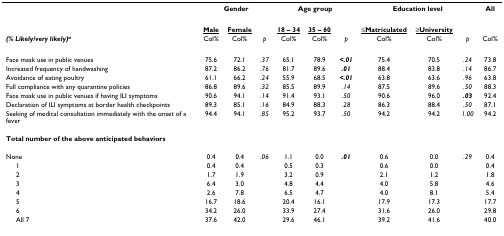
<table><thead><tr><td></td><td colspan="3"><b>Gender</b></td><td colspan="3"><b>Age group</b></td><td colspan="3"><b>Education level</b></td><td><b>All</b></td></tr><tr><td></td><td><b><underline>Male</underline></b></td><td><b><underline>Female</underline></b></td><td></td><td><b><underline>18 – 34</underline></b></td><td><b><underline>35 – 60</underline></b></td><td></td><td><b><underline>≤Matriculated</underline></b></td><td><b><underline>≥University</underline></b></td><td></td><td></td></tr><tr><td><b><i>(% Likely/very likely)<sup>a</sup></i></b></td><td><b>Col%</b></td><td><b>Col%</b></td><td><b><i>p</i></b></td><td><b>Col%</b></td><td><b>Col%</b></td><td><b><i>p</i></b></td><td><b>Col%</b></td><td><b>Col%</b></td><td><b><i>p</i></b></td><td><b>Col%</b></td></tr></thead><tbody><tr><td>Face mask use in public venues</td><td>75.6</td><td>72.1</td><td><i>.37</i></td><td>65.1</td><td>78.9</td><td><b><i>&lt;.01</i></b></td><td>75.4</td><td>70.5</td><td><i>.24</i></td><td>73.8</td></tr><tr><td>Increased frequency of handwashing</td><td>87.2</td><td>86.2</td><td><i>.76</i></td><td>81.7</td><td>89.6</td><td><b><i>.01</i></b></td><td>88.4</td><td>83.8</td><td><i>.14</i></td><td>86.7</td></tr><tr><td>Avoidance of eating poultry</td><td>61.1</td><td>66.2</td><td><i>.24</i></td><td>55.9</td><td>68.5</td><td><b><i>&lt;.01</i></b></td><td>63.8</td><td>63.6</td><td><i>.96</i></td><td>63.8</td></tr><tr><td>Full compliance with any quarantine policies</td><td>86.8</td><td>89.6</td><td><i>.32</i></td><td>85.5</td><td>89.9</td><td><i>.14</i></td><td>87.5</td><td>89.6</td><td><i>.50</i></td><td>88.3</td></tr><tr><td>Face mask use in public venues if having ILI symptoms</td><td>90.6</td><td>94.1</td><td><i>.14</i></td><td>91.4</td><td>93.1</td><td><i>.50</i></td><td>90.6</td><td>96.0</td><td><b><i>.03</i></b></td><td>92.4</td></tr><tr><td>Declaration of ILI symptoms at border health checkpoints</td><td>89.3</td><td>85.1</td><td><i>.16</i></td><td>84.9</td><td>88.3</td><td><i>.28</i></td><td>86.3</td><td>88.4</td><td><i>.50</i></td><td>87.1</td></tr><tr><td>Seeking of medical consultation immediately with the onset of a fever</td><td>94.4</td><td>94.1</td><td><i>.85</i></td><td>95.2</td><td>93.7</td><td><i>.50</i></td><td>94.2</td><td>94.2</td><td><i>1.00</i></td><td>94.2</td></tr><tr><td><b>Total number of the above anticipated behaviors</b></td><td></td><td></td><td></td><td></td><td></td><td></td><td></td><td></td><td></td><td></td></tr><tr><td>None</td><td>0.4</td><td>0.4</td><td><i>.06</i></td><td>1.1</td><td>0.0</td><td><b><i>.01</i></b></td><td>0.6</td><td>0.0</td><td><i>.29</i></td><td>0.4</td></tr><tr><td> 1</td><td>0.4</td><td>0.4</td><td></td><td>0.5</td><td>0.3</td><td></td><td>0.6</td><td>0.0</td><td></td><td>0.4</td></tr><tr><td> 2</td><td>1.7</td><td>1.9</td><td></td><td>3.2</td><td>0.9</td><td></td><td>2.1</td><td>1.2</td><td></td><td>1.8</td></tr><tr><td> 3</td><td>6.4</td><td>3.0</td><td></td><td>4.8</td><td>4.4</td><td></td><td>4.0</td><td>5.8</td><td></td><td>4.6</td></tr><tr><td> 4</td><td>2.6</td><td>7.8</td><td></td><td>6.5</td><td>4.7</td><td></td><td>4.0</td><td>8.1</td><td></td><td>5.4</td></tr><tr><td> 5</td><td>16.7</td><td>18.6</td><td></td><td>20.4</td><td>16.1</td><td></td><td>17.9</td><td>17.3</td><td></td><td>17.7</td></tr><tr><td> 6</td><td>34.2</td><td>26.0</td><td></td><td>33.9</td><td>27.4</td><td></td><td>31.6</td><td>26.0</td><td></td><td>29.8</td></tr><tr><td> All 7</td><td>37.6</td><td>42.0</td><td></td><td>29.6</td><td>46.1</td><td></td><td>39.2</td><td>41.6</td><td></td><td>40.0</td></tr></tbody></table>